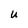
Character: U